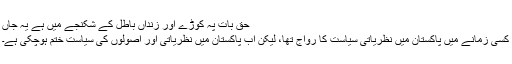
حق بات پہ کوڑے اور زنداں باطل کے شکنجے میں ہے یہ جاں
کسی زمانے میں پاکستان میں نظریاتی سیاست کا رواج تھا، لیکن اب پاکستان میں نظریاتی اور اصولوں کی سیاست ختم ہوچکی ہے۔